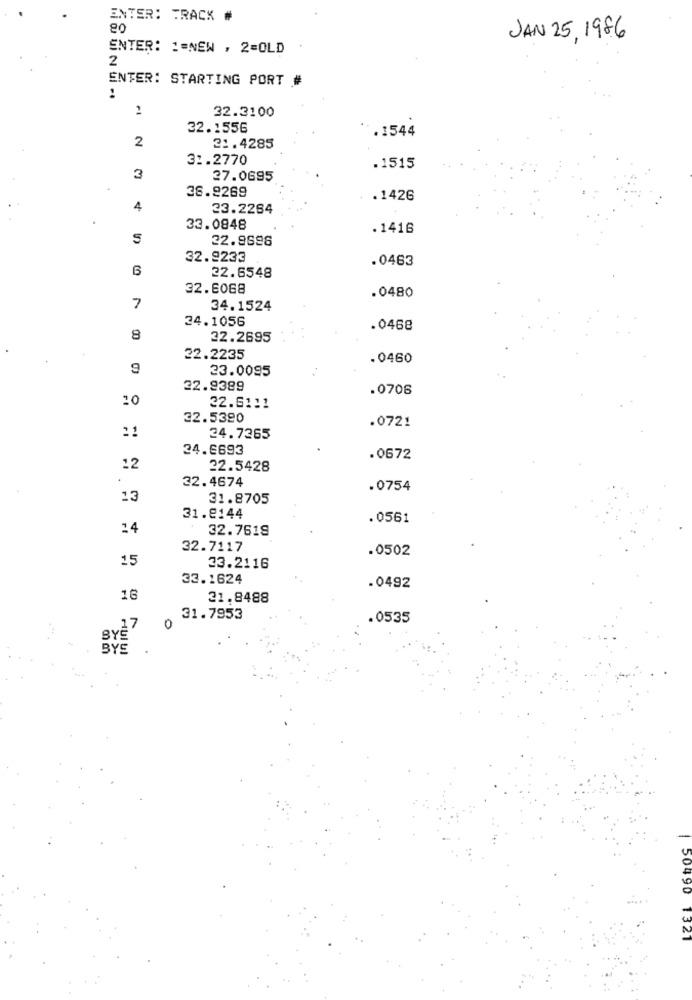
ENTER: TRACK #
80
JAN 25, 1986
ENTER: := NEW , 2=OLD
2
ENTER: STARTING PORT #
32.3100
32.1556
.1544
2
21.4285
31.2770
.1515
3
27.0695
36.9269
.1426
4
23.2264
33.0848
.1416
22.9696
32.9233
.0463
22.6548
32.6068
.0480
7
34.1524
24.1056
.0468
8
22.2695
22.2235
.0460
23.0095
22.9389
.0706
10
32.6111
32.5320
11
.0721
24.7365
34.6693
.0672
12
22.5428
32.4674
.0754
13
31.8705
31.8144
. 0561
14
32.7619
32.7117
.0502
15
33.2116
33.1624
.0492
16
21.8488
31.7953
.0535
.17
0
SYE'
BYE
50490